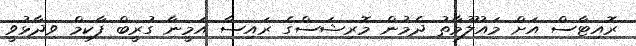
ރޮއިޓާސް އަށް މައުލޫމާތު ދެމުން މޮރިޝަސްގެ ރައިސާ އަމީނާ ގުރީބް ފާކިމް ވިދާޅުވީ